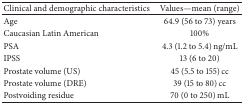
<table><thead><tr><td><b>Clinical and demographic characteristics</b></td><td><b>Values—mean (range)</b></td></tr></thead><tbody><tr><td>Age</td><td>64.9 (56 to 73) years</td></tr><tr><td>Caucasian Latin American</td><td>100%</td></tr><tr><td>PSA</td><td>4.3 (1.2 to 5.4) ng/mL</td></tr><tr><td>IPSS</td><td>13 (6 to 20)</td></tr><tr><td>Prostate volume (US)</td><td>45 (5.5 to 155) cc</td></tr><tr><td>Prostate volume (DRE)</td><td>39 (15 to 80) cc</td></tr><tr><td>Postvoiding residue</td><td>70 (0 to 250) mL</td></tr></tbody></table>